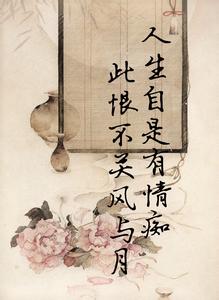
人生自是有情痴，此恨不关风与月。